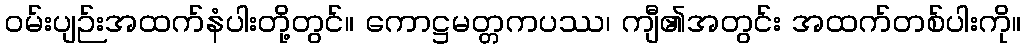
ဝမ်းပျဉ်းအထက်နံပါးတို့တွင်။ ကောဋ္ဌမတ္တကပဿ၊ ကျီ၏အတွင်း အထက်တစ်ပါးကို။